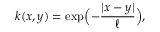
k ( x , y ) = \exp \Bigl ( - \frac { | x - y | } { \ell } \Bigr ) ,